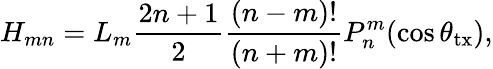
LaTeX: H_{mn}=L_{m}\frac{{2n+1}}{2}\frac{{(n-m)!}}{{(n+m)!}}P_{n}^{m}(\cos\theta_{\mathrm{tx}}),